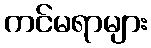
ကင်မရာများ